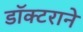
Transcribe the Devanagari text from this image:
डॉक्टराने